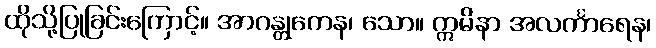
ထိုသို့ပြုခြင်းကြောင့်။ အာဂန္တုကေန၊ သော။ ဣမိနာ အလင်္ကာရေန၊